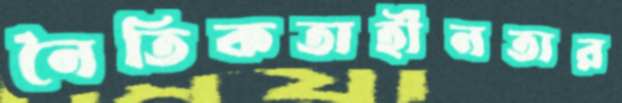
নৈতিকতাহীনতার